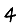
Digit: 4